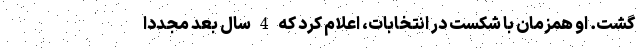
گشت. او همزمان با شکست در انتخابات، اعلام کرد که 4 سال بعد مجدداً